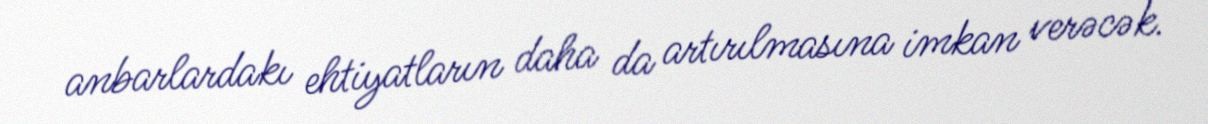
anbarlardakı ehtiyatların daha da artırılmasına imkan verəcək.